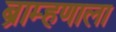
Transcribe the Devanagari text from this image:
ब्राम्हणाला